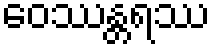
ဝေဿန္တရဿ